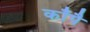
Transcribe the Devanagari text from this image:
काँपै